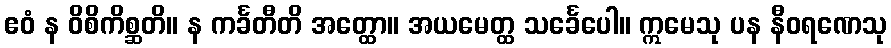
ဧဝံ န ဝိစိကိစ္ဆတိ။ န ကင်္ခတီတိ အတ္ထော။ အယမေတ္ထ သင်္ခေပေါ။ ဣမေသု ပန နီဝရဏေသု